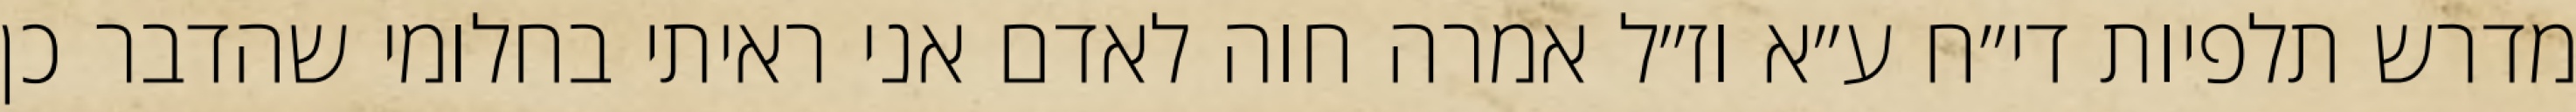
מדרש תלפיות די״ח ע״א וז״ל אמרה חוה לאדם אני ראיתי בחלומי שהדבר כן